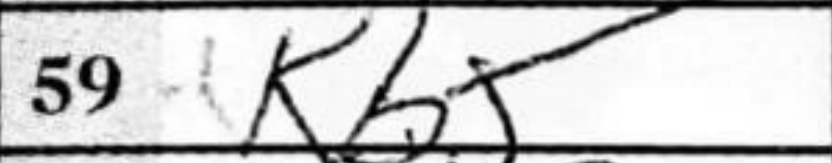
Transcription: Kb5